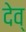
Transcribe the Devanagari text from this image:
देव्